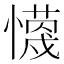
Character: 𭟈